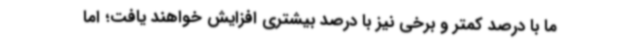
ما با درصد کمتر و برخی نیز با درصد بیشتری افزایش خواهند یافت؛ اما